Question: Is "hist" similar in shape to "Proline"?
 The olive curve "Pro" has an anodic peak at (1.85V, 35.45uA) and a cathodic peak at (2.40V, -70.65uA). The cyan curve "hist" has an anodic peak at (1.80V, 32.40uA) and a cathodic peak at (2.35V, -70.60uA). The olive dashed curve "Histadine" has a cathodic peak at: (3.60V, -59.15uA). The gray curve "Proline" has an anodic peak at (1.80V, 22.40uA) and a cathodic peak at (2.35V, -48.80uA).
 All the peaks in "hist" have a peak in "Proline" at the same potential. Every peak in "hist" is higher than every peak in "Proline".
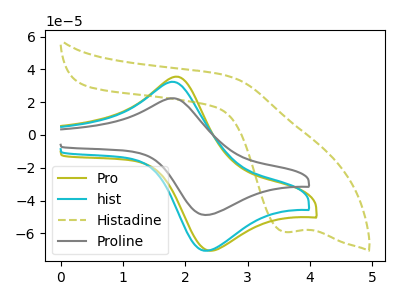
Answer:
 <answer>"hist" and "Proline" are similar in shape.</answer>
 <eval>same_shape</eval>